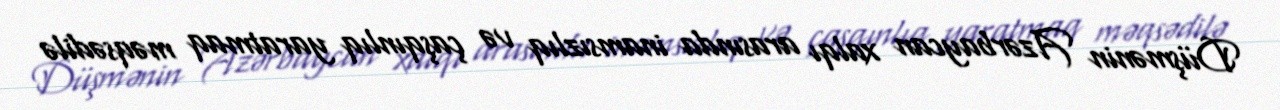
Düşmənin Azərbaycan xalqı arasında inamsızlıq və çaşqınlıq yaratmaq məqsədilə